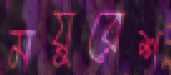
ময়ুরেশ